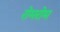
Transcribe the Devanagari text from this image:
रोमरोम